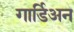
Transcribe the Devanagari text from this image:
गार्डिअन